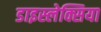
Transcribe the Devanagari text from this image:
डाइस्लेक्सिया